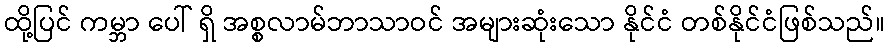
ထို့ပြင် ကမ္ဘာ ပေါ် ရှိ အစ္စလာမ်ဘာသာဝင် အများဆုံးသော နိုင်ငံ တစ်နိုင်ငံဖြစ်သည်။